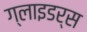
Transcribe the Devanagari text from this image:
ग्लाइडर्स